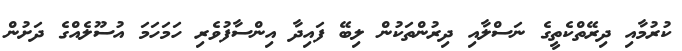
ކުރުމާއި ދިރޭތްކެތީގެ ނަސްލާއި ދިރުންތަކުން ލިބޭ ފައިދާ އިންސާފުވެރި ހަމަހަމަ އުސޫލެއްގެ ދަށުން